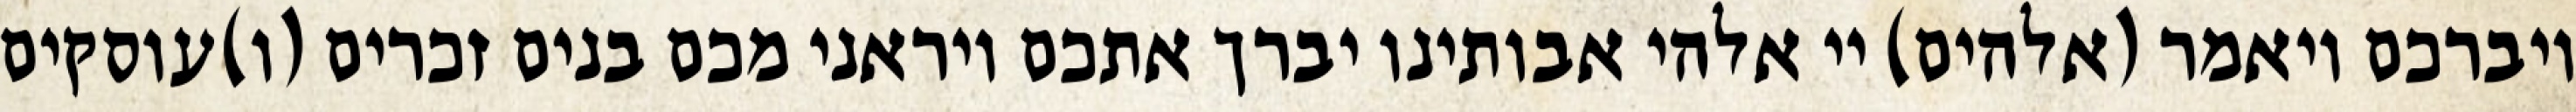
ויברכם ויאמר (אלהים) יי אלהי אבותינו יברך אתכם ויראני מכם בנים זכרים (ו)עוסקים